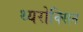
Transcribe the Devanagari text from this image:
थ्यरोक्सिन